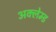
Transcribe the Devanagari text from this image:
अक्लेम्ड